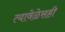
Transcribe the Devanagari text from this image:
त्यावेळेसही